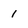
Character: 1